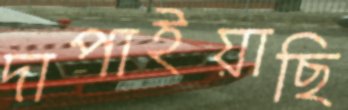
দাপাইয়াছি